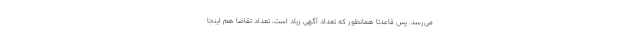
می‌رسد. پس قاعدتا همانطور که تعداد آگهی زیاد است، تعداد تقاضا هم اینجا